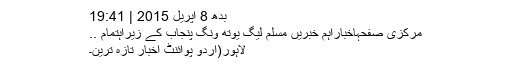
بدھ 8 اپریل 2015 | 19:41
مرکزی صفحہاخباراہم خبریں مسلم لیگ یوتھ ونگ پنجاب کے زیراہتمام ..
لاہور(اُردو پوائنٹ اخبار تازہ ترین۔